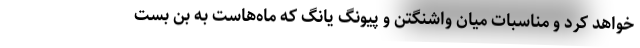
خواهد کرد و مناسبات میان واشنگتن و پیونگ یانگ که ماه‌هاست به بن بست